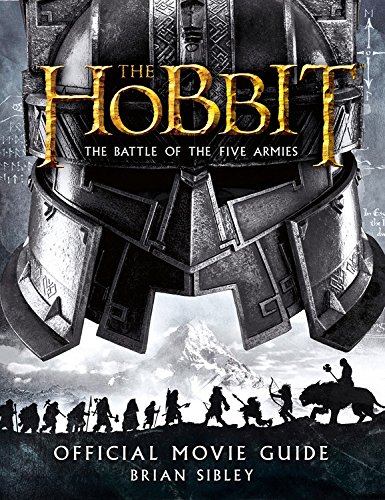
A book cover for The Hobbit: The Battle of the Five Armies Official Movie Guide; Brian Sibley; Humor & Entertainment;